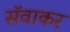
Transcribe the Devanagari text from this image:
सॅवाकर